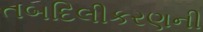
તબદિલીકરણની